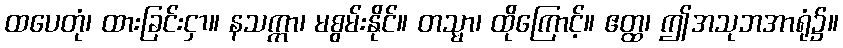
ထပေတုံ၊ ထားခြင်းငှာ။ နသက္ကာ၊ မစွမ်းနိုင်။ တသ္မာ၊ ထိုကြောင့်။ ဧတ္ထ၊ ဤအသုဘအာရုံ၌။